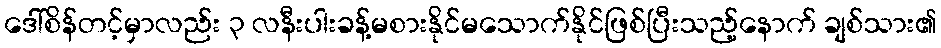
ဒေါ်စိန်တင့်မှာလည်း ၃ လနီးပါးခန့်မစားနိုင်မသောက်နိုင်ဖြစ်ပြီးသည့်နောက် ချစ်သား၏